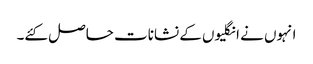
انہوں نے انگلیوں کے نشانات حاصل کئے۔